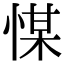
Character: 𢜮